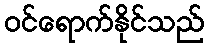
ဝင်ရောက်နိုင်သည်